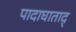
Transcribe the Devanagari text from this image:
पादाघाताद्